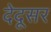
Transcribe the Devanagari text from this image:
देदूसर